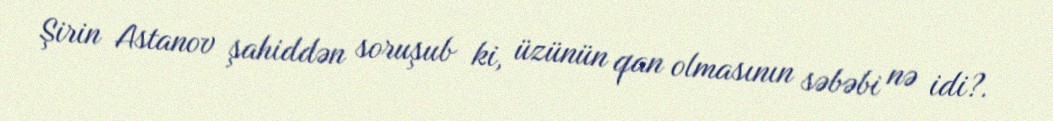
Şirin Astanov şahiddən soruşub ki, üzünün qan olmasının səbəbi nə idi?.